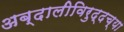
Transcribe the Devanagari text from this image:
अब्दालीविरुद्दच्या